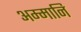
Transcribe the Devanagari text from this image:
अम्मानि